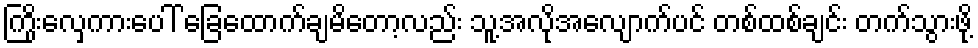
ကြိုးလှေကားပေါ် ခြေထောက်ချမိတော့လည်း သူ့အလိုအလျောက်ပင် တစ်ထစ်ချင်း တက်သွားဖို့